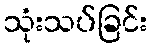
သုံးသပ်ခြင်း